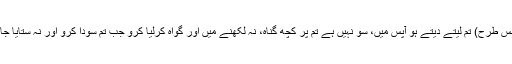
ہاں یہ کہ ہو لین دین دست بدست (جس طرح) تم لیتے دیتے ہو آپس میں، سو نہیں ہے تم پر کچھ گناہ، نہ لکھنے میں اور گواہ کرلیا کرو جب تم سودا کرو اور نہ ستایا جائے لکھنے والے کو اور نہ گواہ کو۔